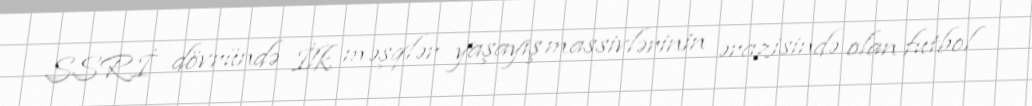
SSRİ dövründə İlk məşqlər yaşayış massivlərinin ərazisində olan futbol